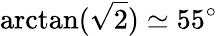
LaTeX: \mathrm{arctan}(\sqrt{2})\simeq 55^{\circ}